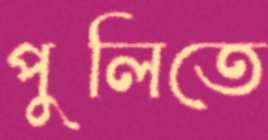
পুলিতে